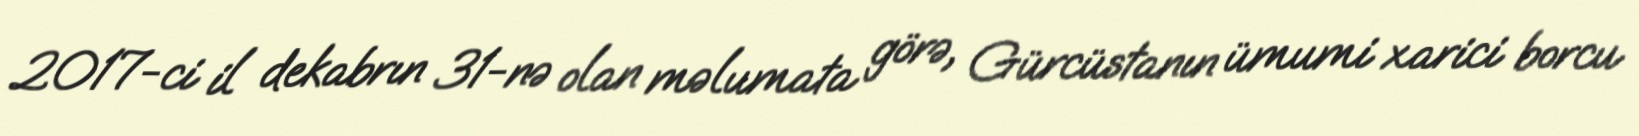
2017-ci il dekabrın 31-nə olan məlumata görə, Gürcüstanın ümumi xarici borcu